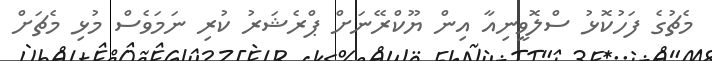
މެޗުގެ ފަހުކޮޅު ސްލޮވީނިއާ އިން ޔޫކްރޭނަށް ޕްރެޝަރު ކުރި ނަމަވެސް މުޅި މެޗަށް